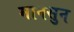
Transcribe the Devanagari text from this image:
मानसुन